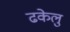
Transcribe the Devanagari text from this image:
ढकेलु